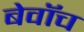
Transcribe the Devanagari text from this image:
बेवॉच